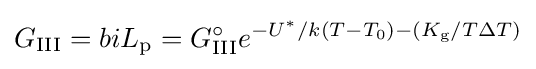
G_{\text{III}}=biL_{\text{p}}=G_{\text{III}}^{\circ }e^{{-U^{*}/k(T-T_{\text{0}})}-(K_{\text{g}}/T\Delta T)}